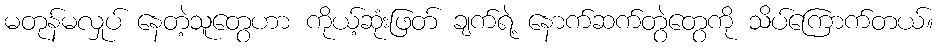
မတုန်မလှုပ် နေတဲ့သူတွေဟာ ကိုယ့်ဆုံးဖြတ် ချက်ရဲ့ နောက်ဆက်တွဲတွေကို သိပ်ကြောက်တယ်။